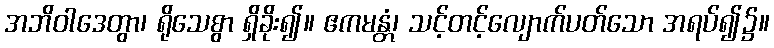
အဘိဝါဒေတွာ၊ ရိုသေစွာ ရှိခိုး၍။ ဧကမန္တံ၊ သင့်တင့်လျောက်ပတ်သော အရပ်၍၌။